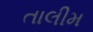
તાલીમ